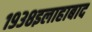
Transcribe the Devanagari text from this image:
१९३८इलाहाबाद